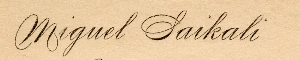
Miguel Saikali